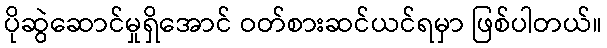
ပိုဆွဲဆောင်မှုရှိအောင် ဝတ်စားဆင်ယင်ရမှာ ဖြစ်ပါတယ်။